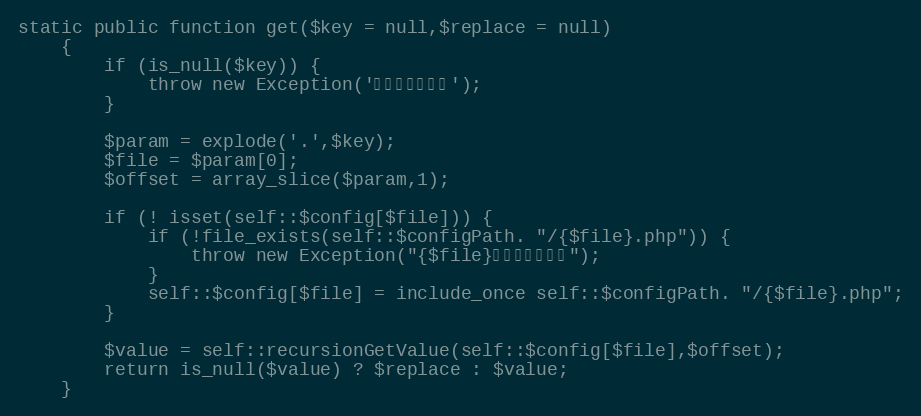
Language: PHP
static public function get($key = null,$replace = null)
    {
        if (is_null($key)) {
            throw new Exception('第一个参数必填');
        }

        $param = explode('.',$key);
        $file = $param[0];
        $offset = array_slice($param,1);

        if (! isset(self::$config[$file])) {
            if (!file_exists(self::$configPath. "/{$file}.php")) {
                throw new Exception("{$file}配置文件不存在");
            }
            self::$config[$file] = include_once self::$configPath. "/{$file}.php";
        }

        $value = self::recursionGetValue(self::$config[$file],$offset);
        return is_null($value) ? $replace : $value;
    }